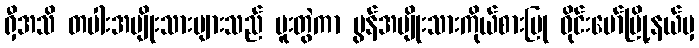
ရှီအသိ တပါးအမျိုးသားများသည် ပူးတွဲကာ မွန်အမျိုးသားကိုယ်စားပြု ဝိုင်းမော်မြို့နယ်မှ